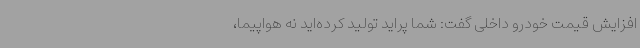
افزایش قیمت خودرو داخلی گفت: شما پراید تولید کرده‌اید نه هواپیما،